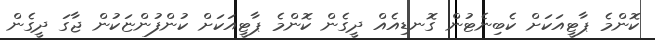
ކޮންމެ ޕާޓީއަކަށް ކެބިނެޓުން ގޮނޑިއެއް ދީގެން ކޮންމެ ޕާޓީއަކަށް ކުންފުންޏަކުން ޖާގަ ދީގެން